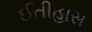
ઈતીહાસ